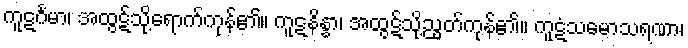
ကူဋင်္ဂမာ၊ အထွဋ်သို့ရောက်ကုန်၏။ ကူဋနိန္နာ၊ အထွဋ်သို့ညွတ်ကုန်၏။ ကူဋံသမောသရဏာ၊